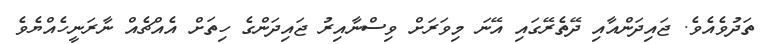
ތަދުވެއެވެ. ޖައިދަންއާއި ދޭތެރޭގައި އޭނަ މިވަރަށް ވިސްނާއިރު ޖައިދަންގެ ހިތަށް އެއްޗެއް ނާރަނީހެއްޔެވެ